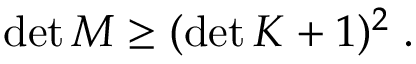
\begin{array} { r } { \operatorname* { d e t } M \geq ( \operatorname* { d e t } K + 1 ) ^ { 2 } \; . } \end{array}